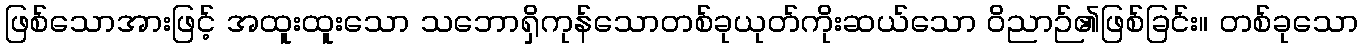
ဖြစ်သောအားဖြင့် အထူးထူးသော သဘောရှိကုန်သောတစ်ခုယုတ်ကိုးဆယ်သော ဝိညာဉ်၏ဖြစ်ခြင်း။ တစ်ခုသော